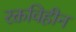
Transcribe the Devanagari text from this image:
रक्तविहीन